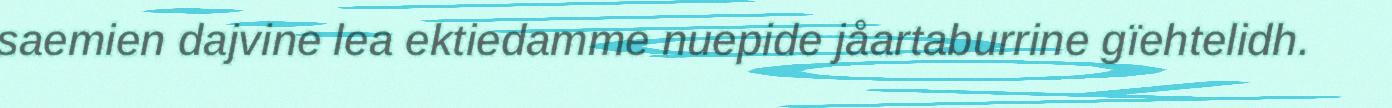
saemien dajvine lea ektiedamme nuepide jåartaburrine gïehtelidh.